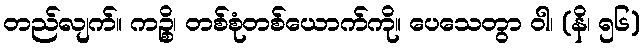
တည်လျက်။ ကဉ္စိ၊ တစ်စုံတစ်ယောက်ကို။ ပေသေတွာ ဝါ၊ (နိ၊ ၅၆)